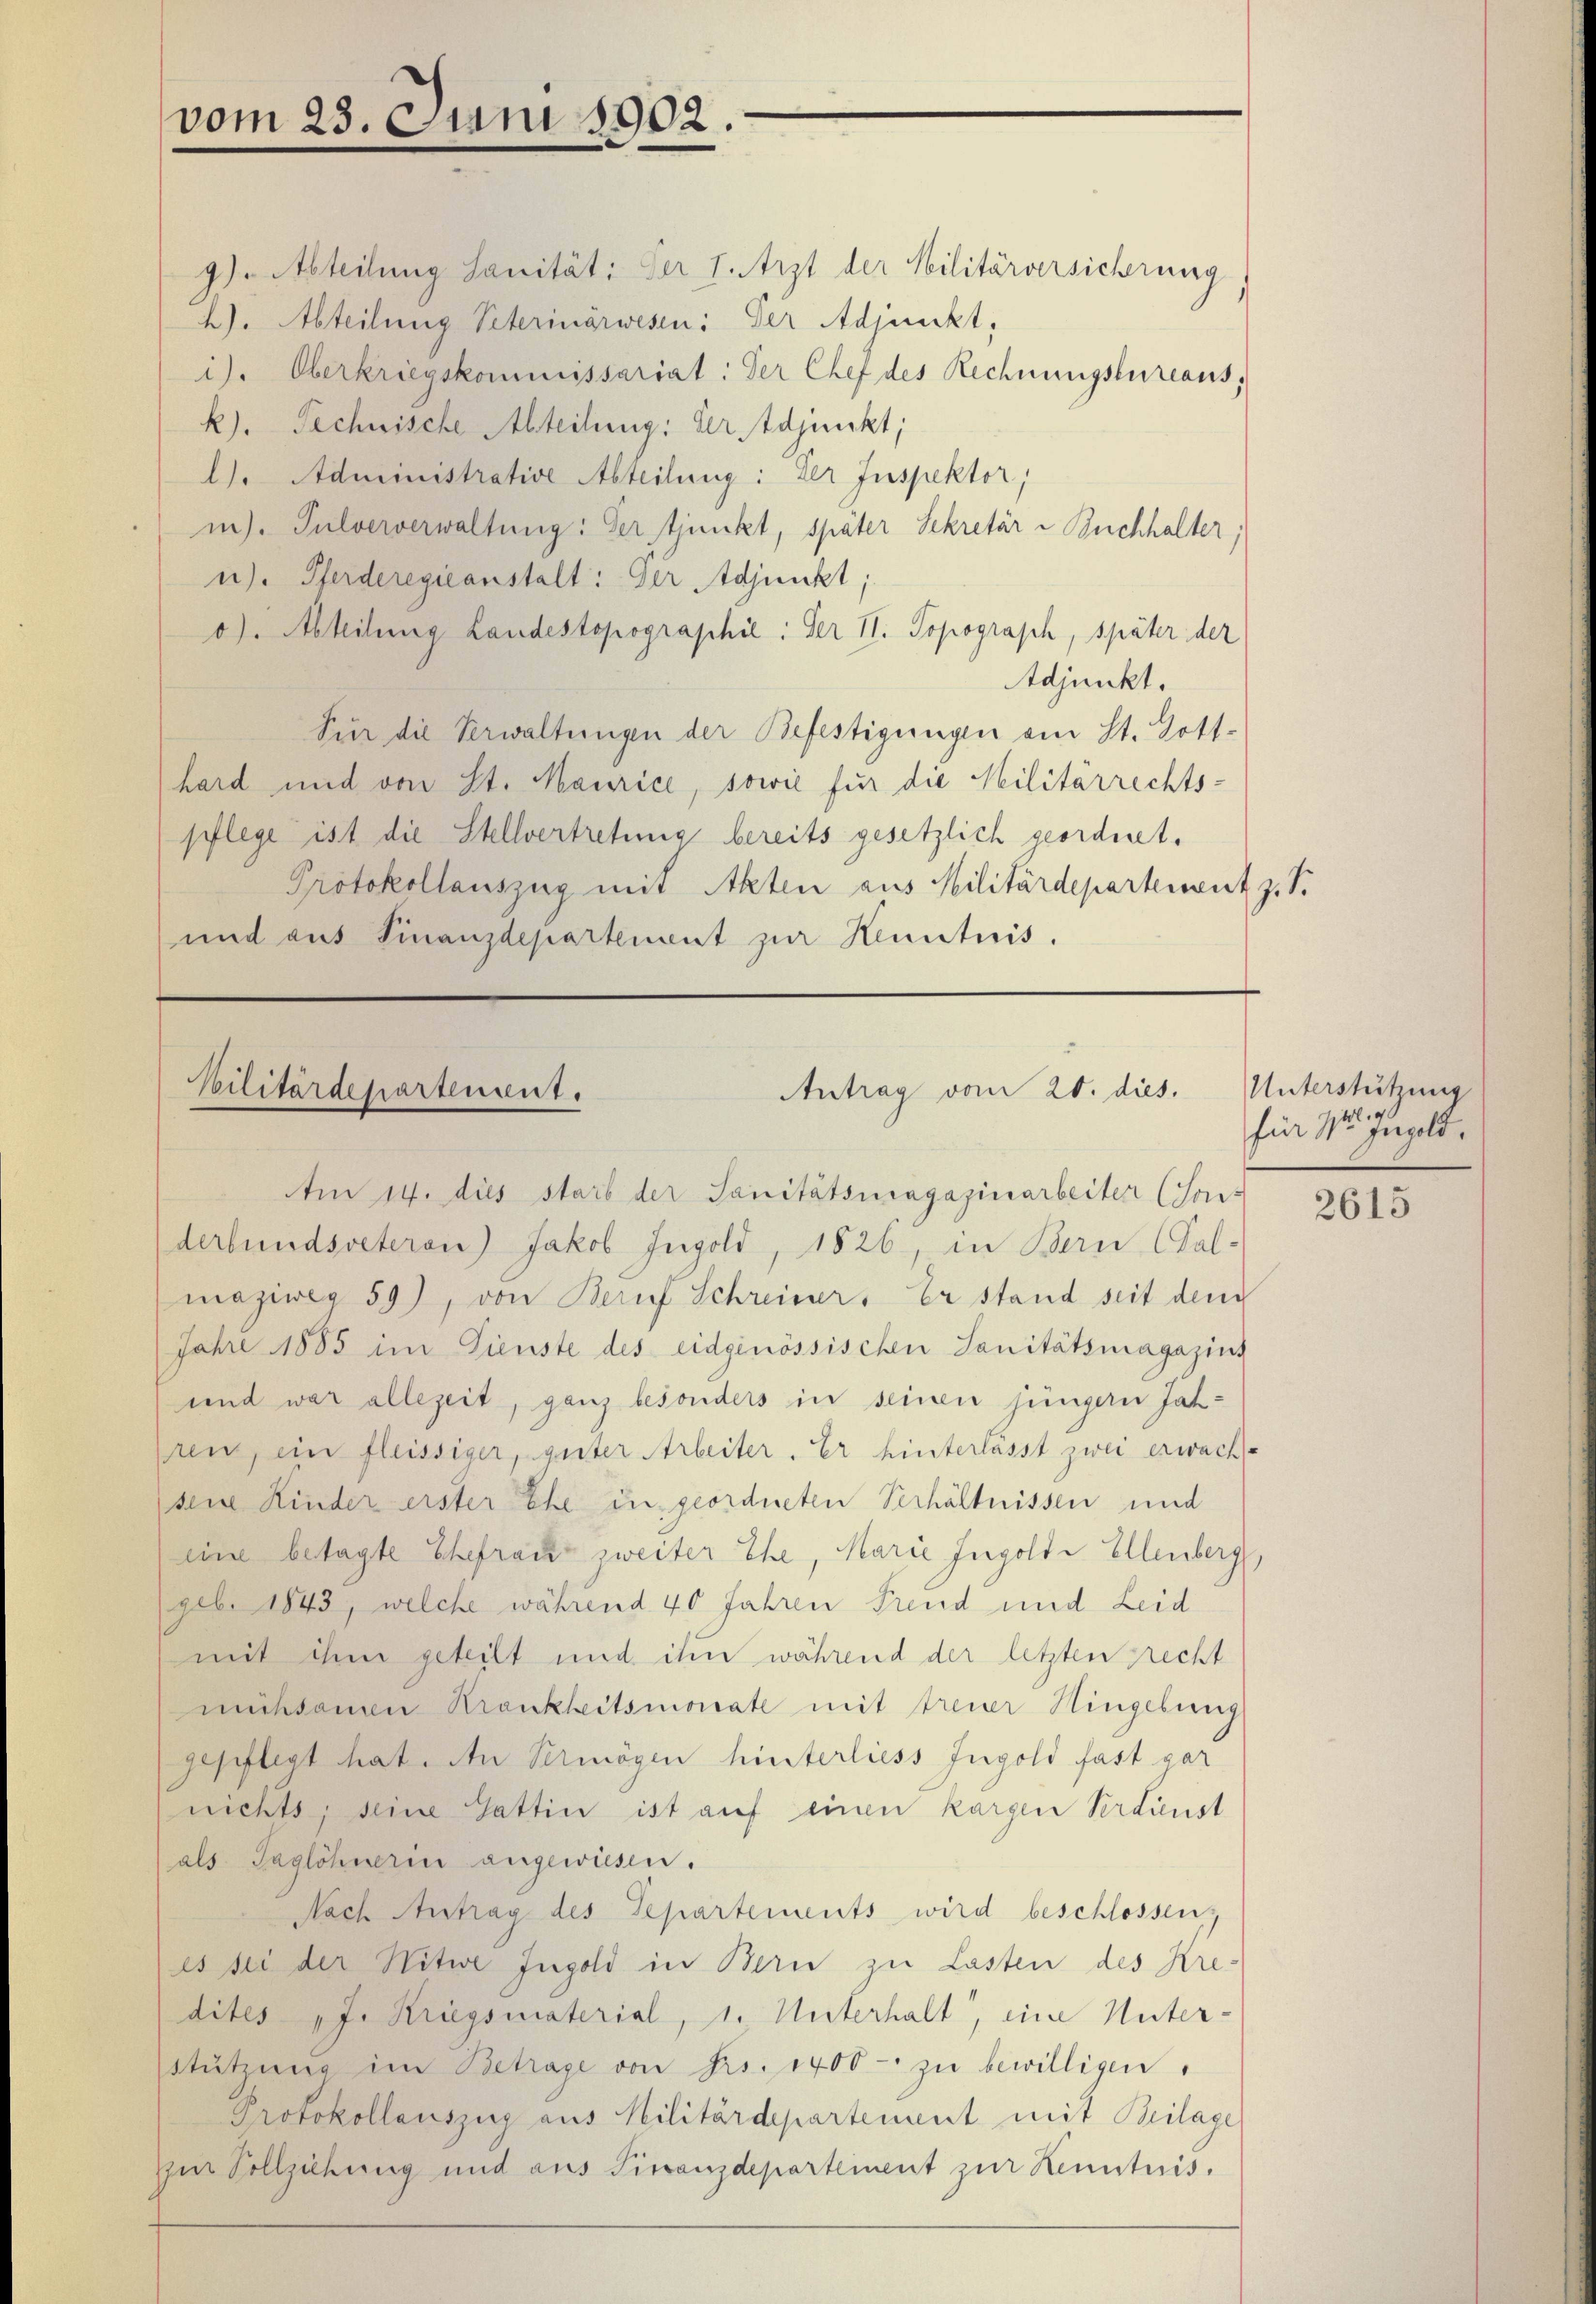
vom 23. Juni 1902.

9). Abteilung Sanität: Der 1. Arzt der Militärversicherung
2). Abteilung Peterinärwesen: Der Adjunkt,
i). Oberkriegskommissariat: Der Chef des Rechnungsbureaus;
k). Technische Abteilung: Verstdjunkt,
l). Administrative Abteilung: Der Inspektor,
in. Pulververwaltung: Der junkt, später Sekretär - Buchhalter;
u). Pferderegieanstalt: Der Adjunkt;
o). Abteilung Landestopographie: Der II. Topograph, später der
Adjunkt.
Für die Verwaltungen der Befestigungen am St. Dott.
hard und von St. Maurice, sowie für die Militärrechts-
pflege ist die Stellvertretung bereits gesetzlich geordnet.
Protokollauszug mit Akten aus Militärdepartement z. S.
und aus Finanzdepartement zur Kenntnis.

Antrag vom 20. dies.
Militärdepartement.
Am 14. dies starb der Sanitätsuragazinarbeiter (Son-

derbundsveteron) Jakob Ingold, 1826, in Bern (Sal-
maziweg 59), von Beruf Schreiber. Er stand seit den
Jahre 1885 im Dienste des eidgenössischen Sanitätsmagazins
und war allezeit, ganz besonders in seinen jüngern Jahren, ein fleissiger, guter Arbeiter. Er hinterlasst zwei erwach
sene Kinder erster Ehe in geordneten Verhältnissen und
eine besagte Ehefrau zweiter Ehe, Marie Ingolte Ellenberg
geb. 1843, welche während 40 Jahren Freud und Leid
mit ihm geteilt und ihm während der letzten recht
mühsamen Krankheitsmonate mit treuer Hingebung
gepflegt hat. An Vermögen hinterliess Ingold fast gar
nichts, seine Gattin ist auf einen kargen Verdienst
(als Taglöhnerin angewiesen.
Nach Antrag des Separtements wird beschlossen;
es sei der Nitwe Ingold in Bern zu Lasten des Kredites „J. Kriegsmaterial, 1. Unterhalt, eine Unter-
Stützŭng im Betrage von Frs. 1400 zŭ bewilligen,
Protokollauszug aus Militärdepartement mit Beilage
Im Vollziehung und aus Finanzdepartement zur Kenntnis.

Unterstützung
für 15. Jungeld.

2615